Civil Veterinary Dept. Bombay admin report 1907-1913 - 1907-1913
Year: 1907
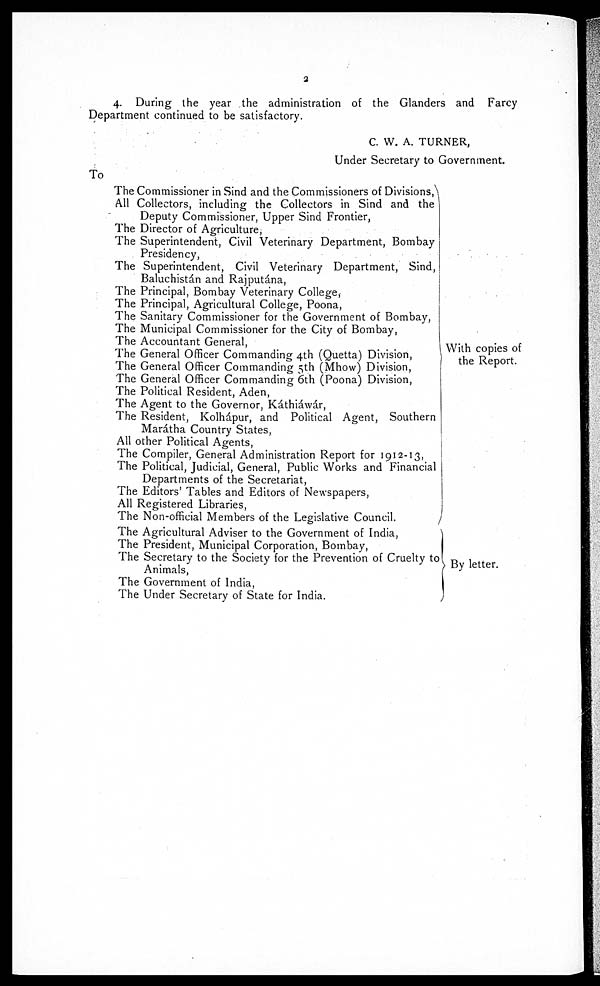
2
4. During the year the administration of the Glanders and Farcy
Department continued to be satisfactory.
C. W. A. TURNER,
Under Secretary to Government.
To
The Commissioner in Sind and the Commissioners of Divisions,
All Collectors, including the Collectors in Sind and the
Deputy Commissioner, Upper Sind Frontier,
The Director of Agriculture,
The Superintendent, Civil Veterinary Department, Bombay
Presidency,
The Superintendent, Civil Veterinary Department, Sind,
Baluchistán and Rajputána,
The Principal, Bombay Veterinary College,
The Principal, Agricultural College, Poona,
The Sanitary Commissioner for the Government of Bombay,
The Municipal Commissioner for the City of Bombay,
The Accountant General,
The General Officer Commanding 4th (Quetta) Division,
The General Officer Commanding 5th (Mhow) Division,
The General Officer Commanding 6th (Poona) Division,
The Political Resident, Aden,
The Agent to the Governor, Káthiáwár,
The Resident, Kolhápur, and Political Agent, Southern
Marátha Country States,
All other Political Agents,
The Compiler, General Administration Report for 1912-13,
The Political, Judicial, General, Public Works and Financial
Departments of the Secretariat,
The Editors' Tables and Editors of Newspapers,
All Registered Libraries,
The Non-official Members of the Legislative Council.
The Agricultural Adviser to the Government of India,
The President, Municipal Corporation, Bombay,
The Secretary to the Society for the Prevention of Cruelty to
Animals,
The Government of India,
The Under Secretary of State for India.
With copies of
the Report.
By letter.